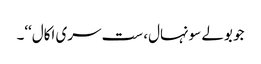
جو بولے سونہال، ست سری اکال‘‘۔